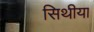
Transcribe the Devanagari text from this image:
सिथीया